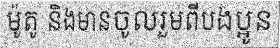
ម៉ូតូ និងមានចូលរួមពីបងប្អូន